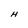
Character: H